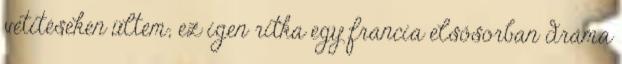
vetítéseken ültem; ez igen ritka egy francia elsősorban dráma